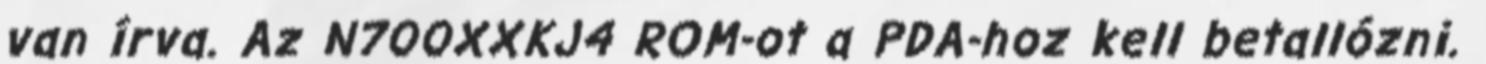
van írva. Az N700XXKJ4 ROM-ot a PDA-hoz kell betallózni.